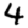
Digit: 4